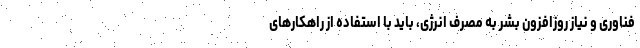
فناوری و نیاز روزافزون بشر به مصرف انرژی، باید با استفاده از راهکارهای